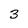
Character: 3